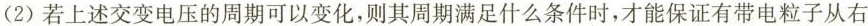
(2)若上述交变电压的周期可以变化，则其周期满足什么条件时，才能保证有带电粒子从右